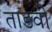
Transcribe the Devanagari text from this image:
ताडवी